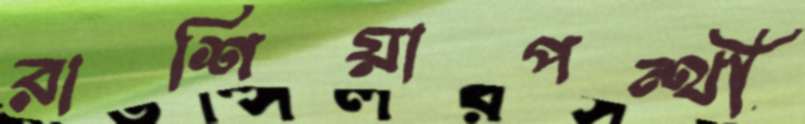
রাশিয়াপন্থী